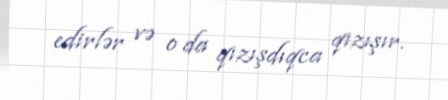
edirlər və o da qızışdıqca qızışır.